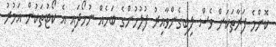
ކޮންމެ ފަރާތަކަށް ވެސް ލިބިގެންވާއިރު ފުލުހުންގެ ބަހެއް ނުހޯދައި އެ ކޯޓުތަކުން އަމުރު